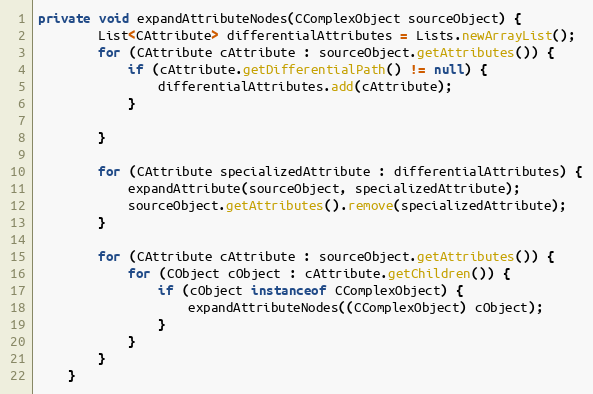
Language: Java
private void expandAttributeNodes(CComplexObject sourceObject) {
        List<CAttribute> differentialAttributes = Lists.newArrayList();
        for (CAttribute cAttribute : sourceObject.getAttributes()) {
            if (cAttribute.getDifferentialPath() != null) {
                differentialAttributes.add(cAttribute);
            }

        }

        for (CAttribute specializedAttribute : differentialAttributes) {
            expandAttribute(sourceObject, specializedAttribute);
            sourceObject.getAttributes().remove(specializedAttribute);
        }

        for (CAttribute cAttribute : sourceObject.getAttributes()) {
            for (CObject cObject : cAttribute.getChildren()) {
                if (cObject instanceof CComplexObject) {
                    expandAttributeNodes((CComplexObject) cObject);
                }
            }
        }
    }